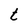
Character: t